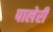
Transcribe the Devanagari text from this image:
पालेरी